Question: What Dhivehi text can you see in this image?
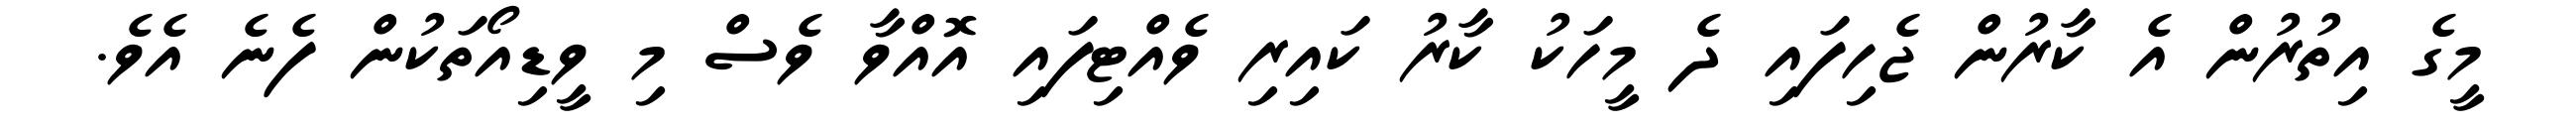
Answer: މީގެ އިތުރުން އެ ކާރުން ޖެހިފައި ދެ މީހަކު ކާރު ކައިރި ވެއްޓިފައި އޮއްވާ ވެސް މި ވީޑިއޯތަކުން ފެނެ އެވެ.